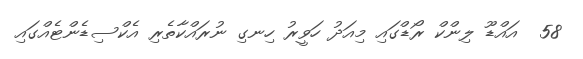
58  އައްޑޫ ލިންކް ރޯޑްގައި މިއަދު ހަވީރު ހިނގި ނުރައްކާތެރި އެކްސިޑެންޓެއްގައި